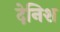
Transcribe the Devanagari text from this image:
देनिश